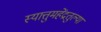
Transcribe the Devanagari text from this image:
स्यात्तुमहेंद्रतुल्या